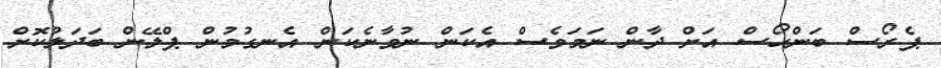
ޕެރޯސް ބަންހޯސް އަށް ދާން ނަމަވެސް އެކަން ނުވާނެކަން އެނގުމުން ޕްލޭން ބަދަލުކޮށް